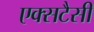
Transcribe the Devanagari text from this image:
एक्सटैसी